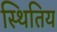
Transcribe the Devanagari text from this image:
स्थितिय